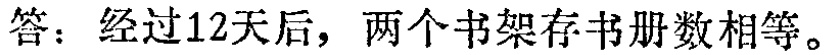
答：经过12天后，两个书架存书册数相等。